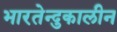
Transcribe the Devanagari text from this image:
भारतेन्दुकालीन